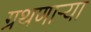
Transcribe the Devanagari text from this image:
ग्रथणाऱ्या